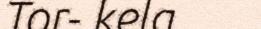
Tor- kela